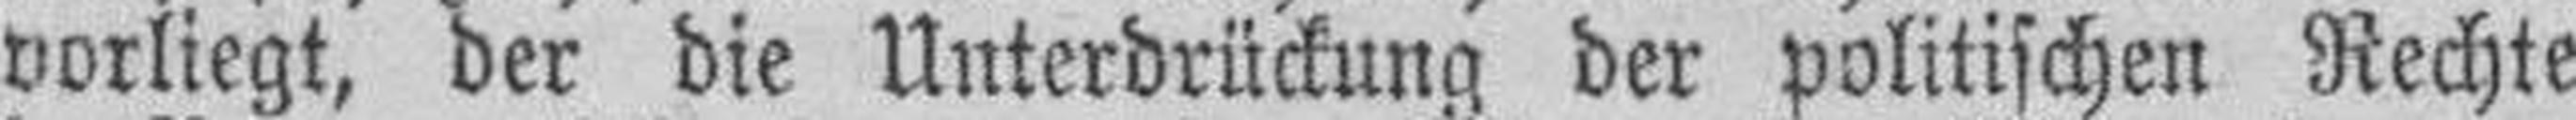
vorliegt, der die Unterdrückung der politischen Rechte